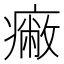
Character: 𤺓